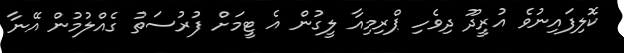
ކޮލިފައިނުވެ އުރީދޫ ދިވެހި ޕްރިމިއާ ލީގުން އެ ޓީމަށް ފުރުސަތު ގެއްލުމުން އޭނާ